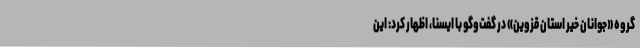
گروه «جوانان خیر استان قزوین» در گفت‌وگو با ایسنا، اظهار کرد: این